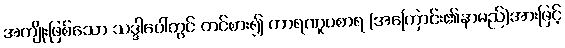
အကျိုးဖြစ်သော သဒ္ဒါပေါ်တွင် တင်စား၍ ကာရဏူပစာရ (အကြောင်း၏နာမည်)အားဖြင့်